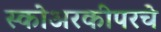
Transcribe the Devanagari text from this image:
स्कोअरकीपरचे